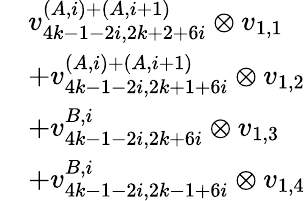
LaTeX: \begin{array}{rl}&{v_{4k-1-2i,2k+2+6i}^{(A,i)+(A,i+1)}\otimes v_{1,1}}\\ &{+v_{4k-1-2i,2k+1+6i}^{(A,i)+(A,i+1)}\otimes v_{1,2}}\\ &{+v_{4k-1-2i,2k+6i}^{B,i}\otimes v_{1,3}}\\ &{+v_{4k-1-2i,2k-1+6i}^{B,i}\otimes v_{1,4}}\end{array}